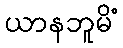
ယာနဘူမိံ